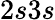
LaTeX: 2s3s